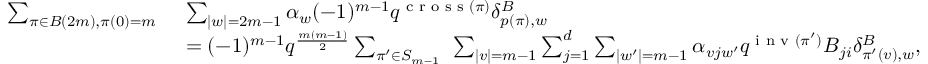
\begin{array} { r l } { \sum _ { \pi \in B ( 2 m ) , \pi ( 0 ) = m \; \; } } & { \sum _ { | w | = 2 m - 1 } \alpha _ { w } ( - 1 ) ^ { m - 1 } q ^ { \textup { c r o s s } ( \pi ) } \delta _ { p ( \pi ) , w } ^ { B } } \\ & { = ( - 1 ) ^ { m - 1 } q ^ { \frac { m ( m - 1 ) } { 2 } } \sum _ { \pi ^ { \prime } \in S _ { m - 1 } \; \; } \sum _ { | v | = m - 1 } \sum _ { j = 1 } ^ { d } \sum _ { | w ^ { \prime } | = m - 1 } \alpha _ { v j w ^ { \prime } } q ^ { \textup { i n v } ( \pi ^ { \prime } ) } B _ { j i } \delta _ { \pi ^ { \prime } ( v ) , w } ^ { B } , } \end{array}